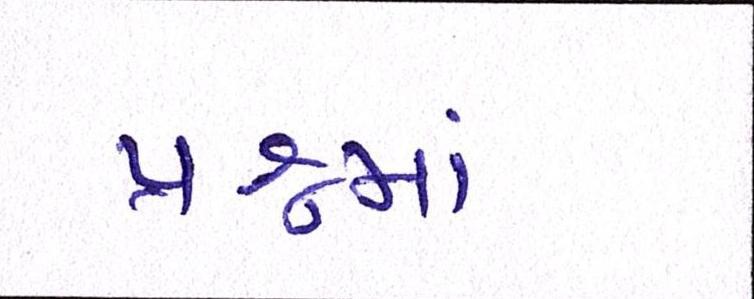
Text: પ્રશ્નમાં